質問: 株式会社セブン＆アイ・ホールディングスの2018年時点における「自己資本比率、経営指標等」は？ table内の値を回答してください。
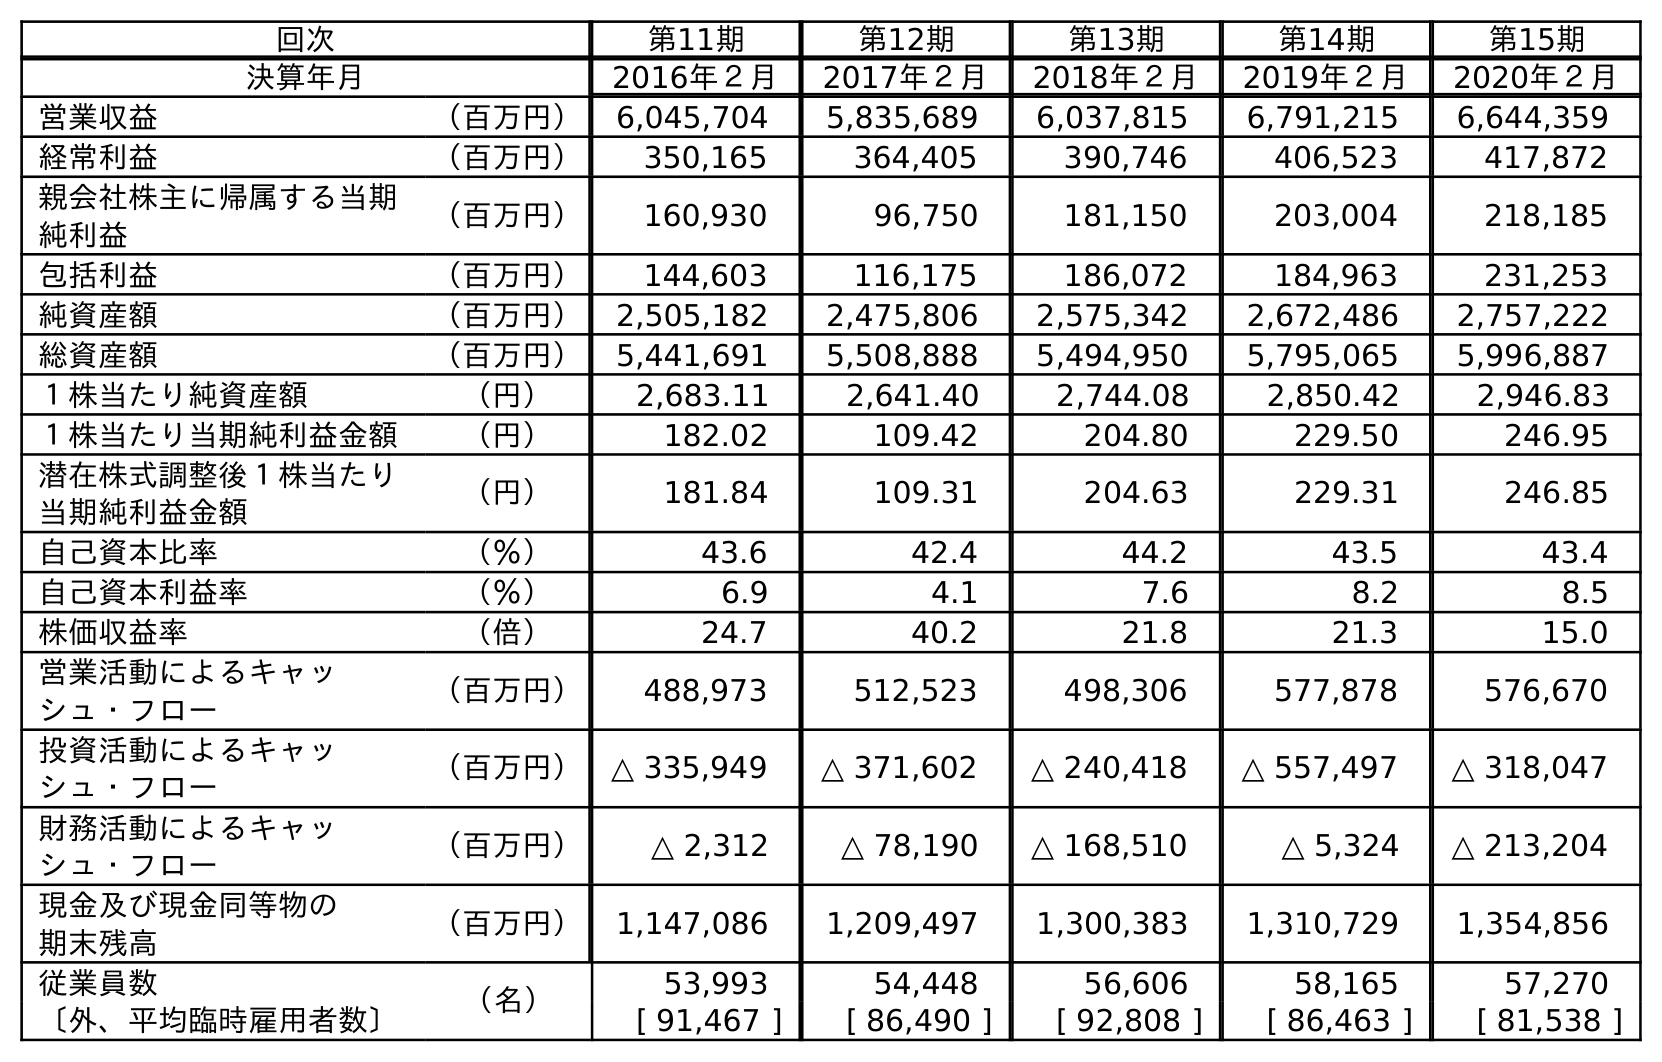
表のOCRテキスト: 回次 第11期 第12期 第13期 第14期 第15期 決算年月 2016年２月 2017年２月 2018年２月 2019年２月 2020年２月 営業収益 （百万円） 6,045,704 5,835,689 6,037,815 6,791,215 6,644,359 経常利益 （百万円） 350,165 364,405 390,746 406,523 417,872 親会社株主に帰属する当期 純利益 （百万円） 160,930 96,750 181,150 203,004 218,185 包括利益 （百万円） 144,603 116,175 186,072 184,963 231,253 純資産額 （百万円） 2,505,182 2,475,806 2,575,342 2,672,486 2,757,222 総資産額 （百万円） 5,441,691 5,508,888 5,494,950 5,795,065 5,996,887 １株当たり純資産額 （円） 2,683.11 2,641.40 2,744.08 2,850.42 2,946.83 １株当たり当期純利益金額 （円） 182.02 109.42 204.80 229.50 246.95 潜在株式調整後１株当たり 当期純利益金額 （円） 181.84 109.31 204.63 229.31 246.85 自己資本比率 （％） 43.6 42.4 44.2 43.5 43.4 自己資本利益率 （％） 6.9 4.1 7.6 8.2 8.5 株価収益率 （倍） 24.7 40.2 21.8 21.3 15.0 営業活動によるキャッ シュ・フロー （百万円） 488,973 512,523 498,306 577,878 576,670 投資活動によるキャッ シュ・フロー （百万円） △ 335,949 △ 371,602 △ 240,418 △ 557,497 △ 318,047 財務活動によるキャッ シュ・フロー （百万円） △ 2,312 △ 78,190 △ 168,510 △ 5,324 △ 213,204 現金及び現金同等物の 期末残高 （百万円） 1,147,086 1,209,497 1,300,383 1,310,729 1,354,856 従業員数 （名） 53,993 54,448 56,606 58,165 57,270 〔外、平均臨時雇用者数〕 [ 91,467 ] [ 86,490 ] [ 92,808 ] [ 86,463 ] [ 81,538 ]
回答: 44.2